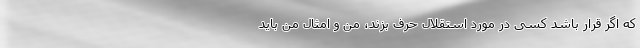
که اگر قرار باشد کسی در مورد استقلال حرف بزند، من و امثال من باید